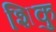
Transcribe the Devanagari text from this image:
शिकु